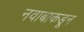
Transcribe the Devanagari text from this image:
नवाबाकडून